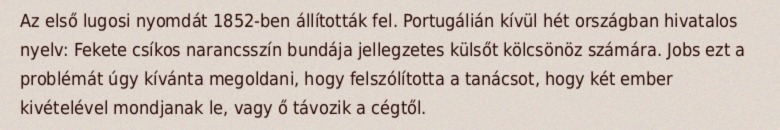
Az első lugosi nyomdát 1852-ben állították fel. Portugálián kívül hét országban hivatalos nyelv: Fekete csíkos narancsszín bundája jellegzetes külsőt kölcsönöz számára. Jobs ezt a problémát úgy kívánta megoldani, hogy felszólította a tanácsot, hogy két ember kivételével mondjanak le, vagy ő távozik a cégtől.